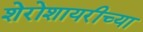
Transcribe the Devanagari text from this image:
शेरोशायरीच्या